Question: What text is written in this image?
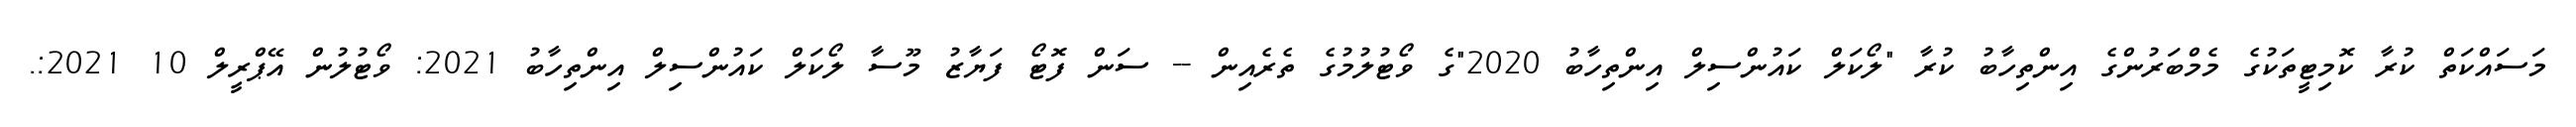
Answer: މަސައްކަތް ކުރާ ކޮމިޓީތަކުގެ މެމްބަރުންގެ އިންތިހާބު ކުރާ "ލޯކަލް ކައުންސިލް އިންތިހާބު 2020"ގެ ވޯޓުލުމުގެ ތެރެއިން -- ސަން ފޮޓޯ ފަޔާޒު މޫސާ ލޯކަލް ކައުންސިލް އިންތިހާބު 2021: ވޯޓުލުން އޭޕްރީލް 10 2021:.